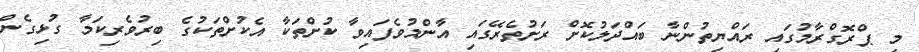
މި ޕްރޮގްރާމުގައި ރައްޔިތުންނާ ބައްދަލުކޮށް ރަށުތެރޭގައި އާންމުވެފައިވާ ކުށްތަކާ އެކުށްތަކުގެ ބިރުވެރިކަމާ ގުޅިގެން